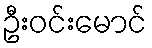
ဦးဝင်းမောင်